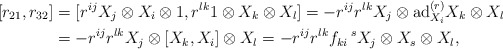
\begin{align*}[r_{21},r_{32}]&=[r^{ij}X_{j}\otimes X_{i}\otimes 1,r^{lk}1\otimes X_{k}\otimes X_{l}]= -r^{ij}r^{lk}X_{j}\otimes \mathrm{ad}^{(r)}_{X_{i}}X_{k}\otimes X_{l}\\&=-r^{ij}r^{lk}X_{j}\otimes [X_{k},X_{i}]\otimes X_{l}=-r^{ij}r^{lk}f_{ki}\,^{s}X_{j}\otimes X_{s}\otimes X_{l},\end{align*}